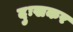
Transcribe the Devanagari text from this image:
दुःखकर